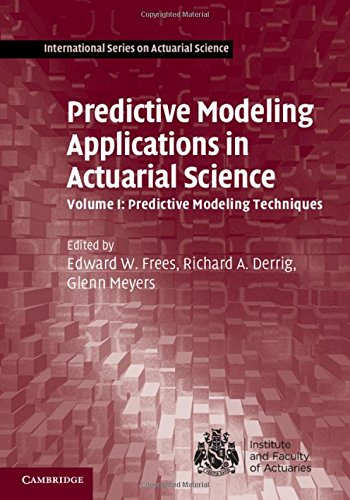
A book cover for Predictive Modeling Applications in Actuarial Science: Volume 1, Predictive Modeling Techniques (International Series on Actuarial Science); Business & Money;